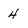
Character: 4